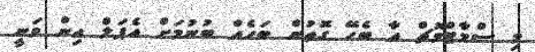
މި ސްމާޓްވޮޗް އާ ބެހޭ ގޮތުން ބަހެއް ބުނުމަށް އެޕަލް އިން ވަނީ